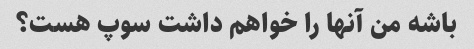
باشه من آنها را خواهم داشت سوپ هست؟